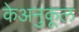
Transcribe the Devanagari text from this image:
केअनुकूल